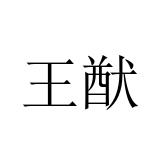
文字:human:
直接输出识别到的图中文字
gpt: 王猷